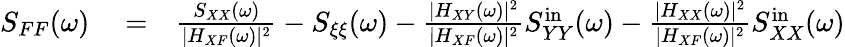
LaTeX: \begin{array}{rlr}{S_{FF}(\omega)}&{{}=}&{\frac{S_{XX}(\omega)}{|H_{XF}(\omega)|^{2}}-S_{\xi\xi}(\omega)-\frac{|H_{XY}(\omega)|^{2}}{|H_{XF}(\omega)|^{2}}S_{YY}^{\mathrm{in}}(\omega)-\frac{|H_{XX}(\omega)|^{2}}{|H_{XF}(\omega)|^{2}}S_{XX}^{\mathrm{in}}(\omega)}\end{array}